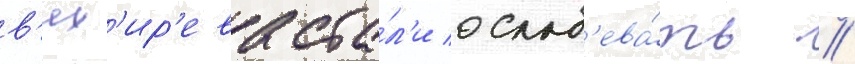
в'ях'ир'ева ста́л'и ослаб'ева́ть //